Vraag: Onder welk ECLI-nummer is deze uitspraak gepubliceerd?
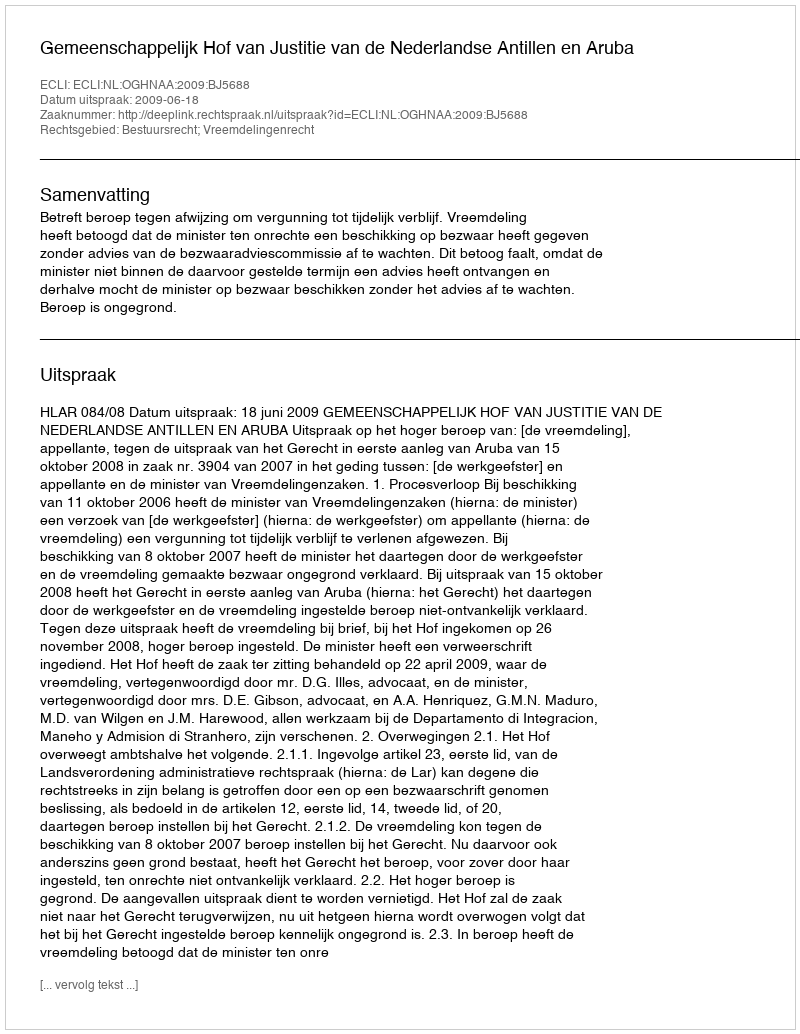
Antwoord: ECLI:NL:OGHNAA:2009:BJ5688